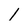
Character: 1